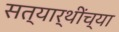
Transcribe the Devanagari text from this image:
सत्यार्थींच्या